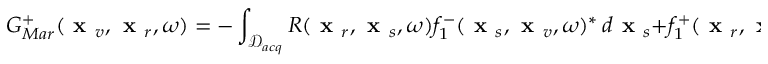
G _ { M a r } ^ { + } ( \textbf { x } _ { v } , \textbf { x } _ { r } , \omega ) = - \int _ { \mathcal { D } _ { a c q } } R ( \textbf { x } _ { r } , \textbf { x } _ { s } , \omega ) f _ { 1 } ^ { - } ( \textbf { x } _ { s } , \textbf { x } _ { v } , \omega ) ^ { * } \, d \textbf { x } _ { s } + f _ { 1 } ^ { + } ( \textbf { x } _ { r } , \textbf { x } _ { v } , \omega ) ^ { * } .